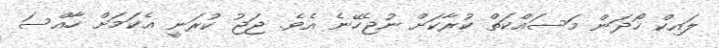
ލައިކް ހޯދަން މަސައްކަތް ކުރާކަށް ނުޖެހޭނެ އެވެ. ޖަޖު ކުރަނީ އެކަމަށް ހާއްސަ